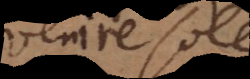
venire solet.